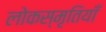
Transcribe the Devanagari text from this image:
लोकस्मृतियाँ